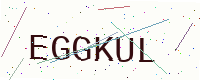
Text: EGGKUL